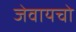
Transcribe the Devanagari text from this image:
जेवायचो